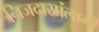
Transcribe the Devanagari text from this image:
निजदासांलागी